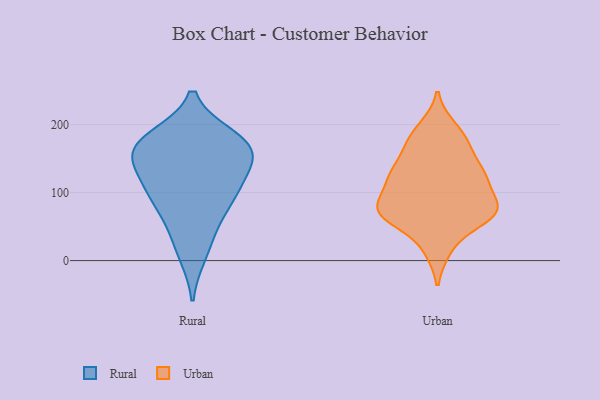
{"axis": {"x": "Production Output", "y": "Value"}, "legend": ["Rural", "Urban"], "data": [{"x": "", "y": 79, "type": "Rural"}, {"x": "", "y": 95, "type": "Rural"}, {"x": "", "y": 176, "type": "Rural"}, {"x": "", "y": 180, "type": "Rural"}, {"x": "", "y": 42, "type": "Rural"}, {"x": "", "y": 10, "type": "Rural"}, {"x": "", "y": 170, "type": "Rural"}, {"x": "", "y": 101, "type": "Rural"}, {"x": "", "y": 167, "type": "Rural"}, {"x": "", "y": 145, "type": "Rural"}, {"x": "", "y": 109, "type": "Rural"}, {"x": "", "y": 158, "type": "Rural"}, {"x": "", "y": 145, "type": "Rural"}, {"x": "", "y": 169, "type": "Urban"}, {"x": "", "y": 196, "type": "Urban"}, {"x": "", "y": 123, "type": "Urban"}, {"x": "", "y": 59, "type": "Urban"}, {"x": "", "y": 79, "type": "Urban"}, {"x": "", "y": 120, "type": "Urban"}, {"x": "", "y": 77, "type": "Urban"}, {"x": "", "y": 78, "type": "Urban"}, {"x": "", "y": 123, "type": "Urban"}, {"x": "", "y": 63, "type": "Urban"}, {"x": "", "y": 16, "type": "Urban"}, {"x": "", "y": 171, "type": "Urban"}, {"x": "", "y": 132, "type": "Urban"}, {"x": "", "y": 76, "type": "Urban"}]}